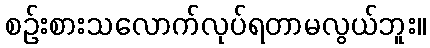
စဉ်းစားသလောက်လုပ်ရတာမလွယ်ဘူး။